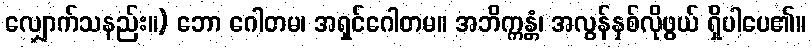
လျှောက်သနည်း။) ဘော ဂေါတမ၊ အရှင်ဂေါတမ။ အဘိက္ကန္တံ၊ အလွန်နှစ်လိုဖွယ် ရှိပါပေ၏။